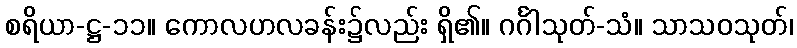
စရိယာ-ဋ္ဌ-၁၁။ ကောလဟလခန်း၌လည်း ရှိ၏။ ဂင်္ဂါသုတ်-သံ။ သာသဝသုတ်၊